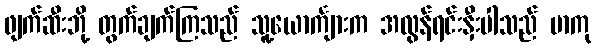
ဖျက်ဆီးဘို့ တွက်ချက်ကြသည် သူ့ယောင်္ကျားက အလွန်ရင်းနှီးပါသည် မာကု